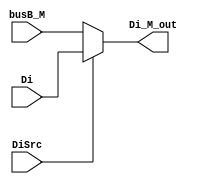
// alusw
module Mul_MemDi (
    //input port
    input [31:0] busB_M,
    input [31:0] Di,

    //control port
    input DiSrc,
    //output
    output wire [31:0] Di_M_out //
);


assign Di_M_out = DiSrc ? Di : busB_M;

    
endmodule